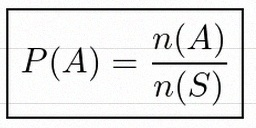
P(A)=\frac{n(A)}{n(S)}